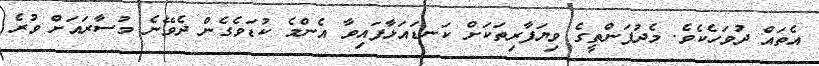
އެތައް ދުވަހެކެވެ. މެދުފަންތީގެ ވިޔަފާރިތަކަށް ކަނޑައަޅާފައިވާ އެންމެ ކުޑަވެގެން ދެވޭނެ މުސާރައަށް ވުރެ